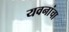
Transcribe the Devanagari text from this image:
यवनांचा